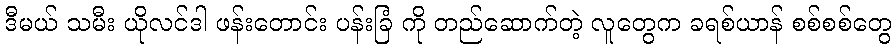
ဒီမယ် သမီး ယိုလင်ဒါ ဖန်းတောင်း ပန်းခြံ ကို တည်ဆောက်တဲ့ လူတွေက ခရစ်ယာန် စစ်စစ်တွေ